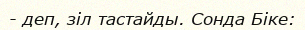
- деп, зіл тастайды. Сонда Біке: